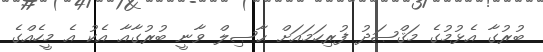
ބުރުގާ އެޅުމުގެ މަޤްޞަދު ފުރިހަމައަށް ޙާޞިލް ވާނީ ބުރުގާއާ އެކު އެ މީހެއްގެ